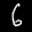
Label: 6